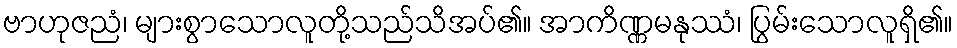
ဗာဟုဇညံ၊ များစွာသောလူတို့သည်သိအပ်၏။ အာကိဏ္ဏမနုဿံ၊ ပြွမ်းသောလူရှိ၏။